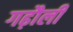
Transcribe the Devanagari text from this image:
गढ़ौली